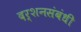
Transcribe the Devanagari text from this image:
दर्शनसंबंधी